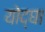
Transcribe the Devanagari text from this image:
योद्घा